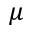
\mu